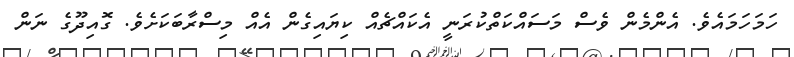
ހަމަހަމައެވެ. އެންމެން ވެސް މަސައްކަތްކުރަނީ އެކައްޗެއް ކިޔައިގެން އެއް މިސްރާބަކަށެވެ. ގޮއިދޫގެ ނަން